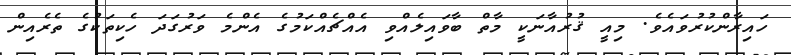
ހައިރާންކުރުވައެވެ. މިއީ ޤުރުއާނަކީ މާތް ބާވައިލެއްވި އެއްޗެއްކަމުގެ އެންމެ ވަރުގަދަ ހެކިތަކުގެ ތެރެއިން